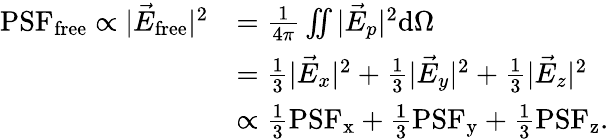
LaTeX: \begin{array}{rl}{\textrm{PSF}_{\textrm{free}}\propto|\vec{E}_{\textrm{free}}|^{2}}&{=\frac{1}{4\pi}\iint|\vec{E}_{p}|^{2}\textrm{d}\Omega}\\ &{=\frac{1}{3}|\vec{E}_{x}|^{2}+\frac{1}{3}|\vec{E}_{y}|^{2}+\frac{1}{3}|\vec{E}_{z}|^{2}}\\ &{\propto\frac{1}{3}\textrm{PSF}_{\textrm{x}}+\frac{1}{3}\textrm{PSF}_{\textrm{y}}+\frac{1}{3}\textrm{PSF}_{\textrm{z}}.}\end{array}